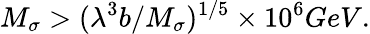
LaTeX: M_{\sigma}>(\lambda^{3}b/M_{\sigma})^{1/5}\times 10^{6}{GeV.}